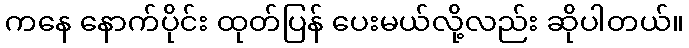
ကနေ နောက်ပိုင်း ထုတ်ပြန် ပေးမယ်လို့လည်း ဆိုပါတယ်။